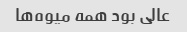
عالی بود همه میوه‌ها